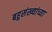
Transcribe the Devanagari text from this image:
बहुसंख्यांच्या